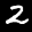
Label: 2